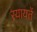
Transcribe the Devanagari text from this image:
रयायतें